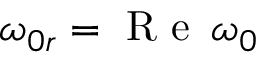
\omega _ { 0 r } = \mathrm { ~ R ~ e ~ } \, \omega _ { 0 }